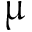
\upmu